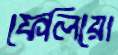
ফেলিয়ো